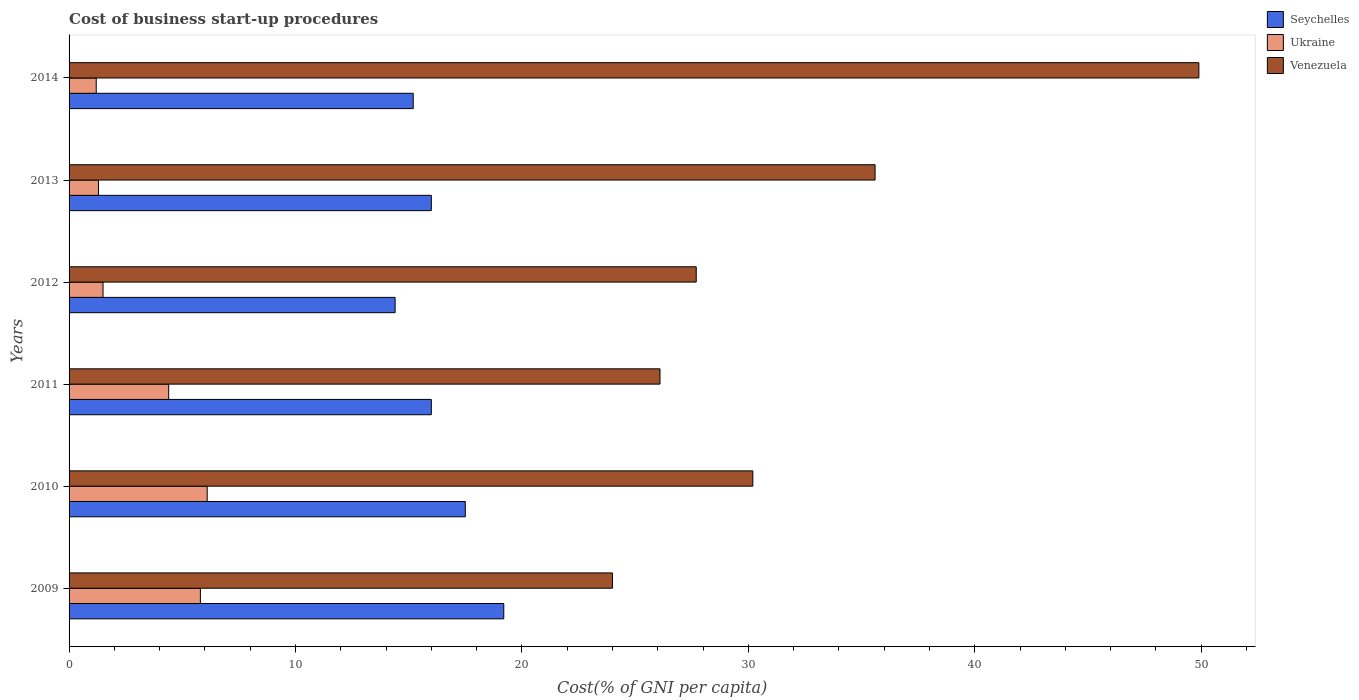
| Years | Seychelles | Ukraine | Venezuela |
 | --- | --- | --- | --- |
 | 2009 | 19.2 | 5.8 | 24 |
 | 2010 | 17.5 | 6.1 | 30.2 |
 | 2011 | 16 | 4.4 | 26.1 |
 | 2012 | 14.4 | 1.5 | 27.7 |
 | 2013 | 16 | 1.3 | 35.6 |
 | 2014 | 15.2 | 1.2 | 49.9 |